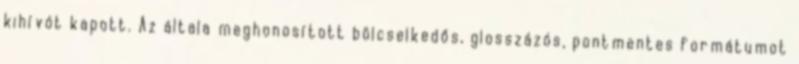
kihívót kapott. Az általa meghonosított bölcselkedős, glosszázós, pontmentes formátumot